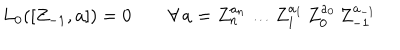
L _ { 0 } ( [ Z _ { - 1 } , a ] ) = 0 \qquad \forall \, a = Z _ { n } ^ { a _ { n } } \ldots Z _ { 1 } ^ { a _ { 1 } } \, Z _ { 0 } ^ { a _ { 0 } } \, Z _ { - 1 } ^ { a _ { - 1 } }